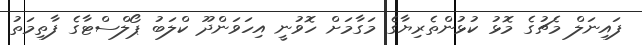
ފައިނަލް މެޗުގެ މޮޅު ކުޅުންތެރިޔާގެ މަގާމަށް ހޮވުނީ އިހަވަންދޫ ކްލަބު ޕޯލްސްޓާގެ ފާތިމަތު